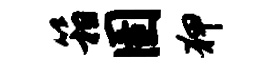
箱圉狎